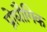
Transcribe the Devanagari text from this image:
प्रोद्यौगिक